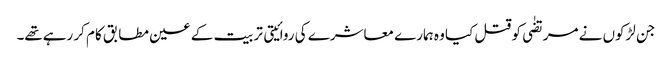
جن لڑکوں نے مرتضٰی کو قتل کیا وہ ہمارے معاشرے کی روائیتی تربیت کے عین مطابق کام کر رہےتھے۔